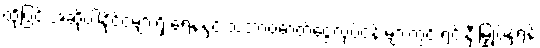
ထို့ပြင် အဆိုပါနိုင်ငံများရှိ ရေနံနှင့် သဘာဝဓာတ်ငွေ့လုပ်ငန်းများတွင် ရင်းနှီးမြှုပ်နှံရန်